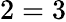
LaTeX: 2=3